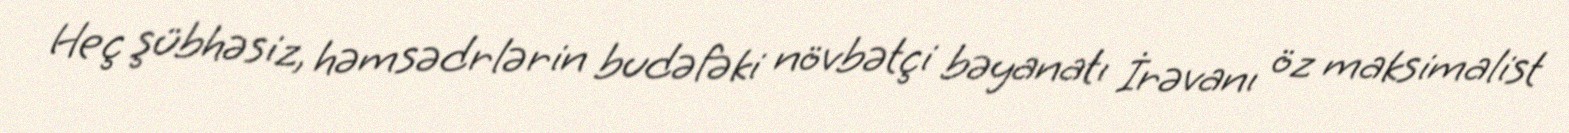
Heç şübhəsiz, həmsədrlərin budəfəki növbətçi bəyanatı İrəvanı öz maksimalist